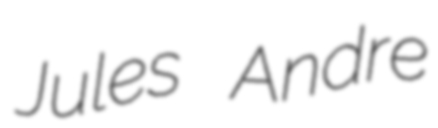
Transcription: Jules Andre